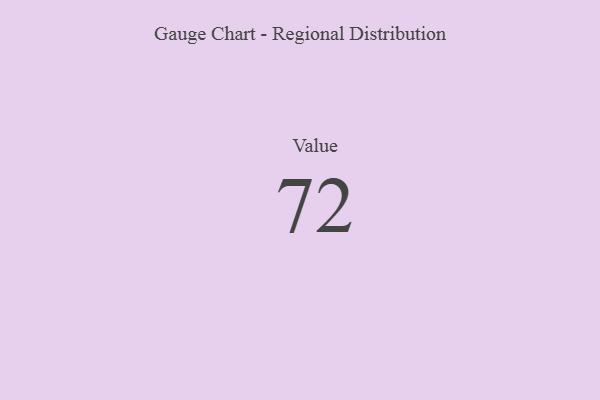
{"axis": {"x": "Metric", "y": "Value"}, "legend": [""], "data": [{"x": "Value", "y": 72, "type": ""}]}